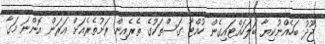
ޖޫދު ބަހެއްނުކިޔާ ބަލަހައްޓައިގެން ހުއްޓާ ގަސްތަކުގެ ތެރެއިން ރަށުތެރެއަށް އަރަން އޮންނަ މަގާ